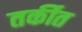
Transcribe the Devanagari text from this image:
तर्कीत